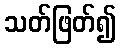
သတ်ဖြတ်၍